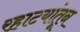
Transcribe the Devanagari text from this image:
रहाटयांतून